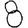
Digit: 8